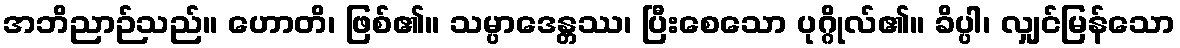
အဘိညာဉ်သည်။ ဟောတိ၊ ဖြစ်၏။ သမ္ပာဒေန္တဿ၊ ပြီးစေသော ပုဂ္ဂိုလ်၏။ ခိပ္ပါ၊ လျှင်မြန်သော